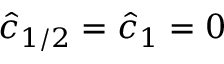
\hat { c } _ { 1 / 2 } = \hat { c } _ { 1 } = 0